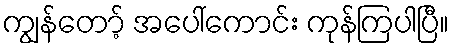
ကျွန်တော့် အပေါ်ကောင်း ကုန်ကြပါပြီ။